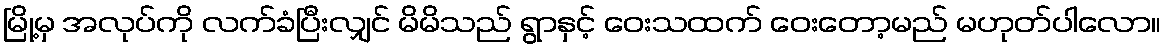
မြို့မှ အလုပ်ကို လက်ခံပြီးလျှင် မိမိသည် ရွာနှင့် ဝေးသထက် ဝေးတော့မည် မဟုတ်ပါလော။